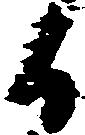
日